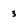
Character: 3